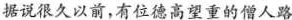
据说很久以前，有位德高望重的僧人路